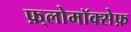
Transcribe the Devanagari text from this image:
फ़्लोमॉक्सेफ़